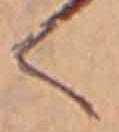
く